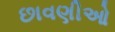
છાવણીઓ